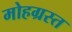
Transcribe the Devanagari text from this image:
मोहग्रस्त